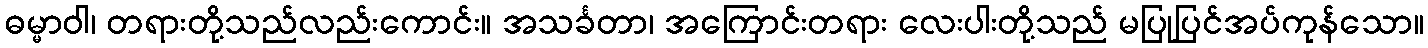
ဓမ္မာဝါ၊ တရားတို့သည်လည်းကောင်း။ အသင်္ခတာ၊ အကြောင်းတရား လေးပါးတို့သည် မပြုပြင်အပ်ကုန်သော။